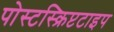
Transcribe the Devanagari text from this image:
पोस्टस्क्रिप्टटाइप